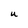
Character: U